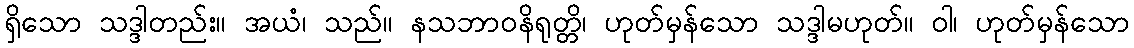
ရှိသော သဒ္ဒါတည်း။ အယံ၊ သည်။ နသဘာဝနိရုတ္တိ၊ ဟုတ်မှန်သော သဒ္ဒါမဟုတ်။ ဝါ၊ ဟုတ်မှန်သော